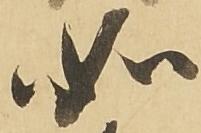
如